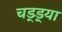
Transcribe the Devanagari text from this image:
चड्ड़्या